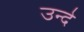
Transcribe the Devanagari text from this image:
उन्दे